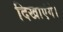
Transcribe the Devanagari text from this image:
दिखाएंगे।